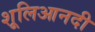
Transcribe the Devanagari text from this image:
शूलिआनदी